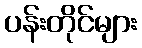
ပန်းတိုင်များ